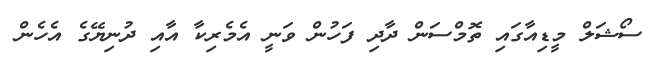
ސޯޝަލް މީޑިއާގައި ތޮމްސަން ދާދި ފަހުން ވަނީ އެމެރިކާ އާއި ދުނިޔޭގެ އެހެން